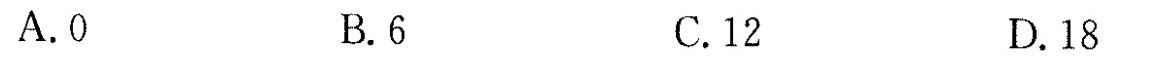
A.0 B.6 C.12 D.18